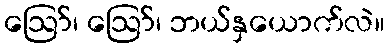
ဪ၊ ဪ၊ ဘယ်နှယောက်လဲ။